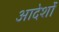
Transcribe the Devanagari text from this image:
आदेर्शों